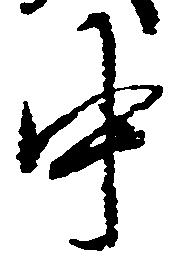
中